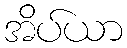
အိပ်ယာ